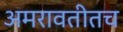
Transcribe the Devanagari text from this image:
अमरावतीतच